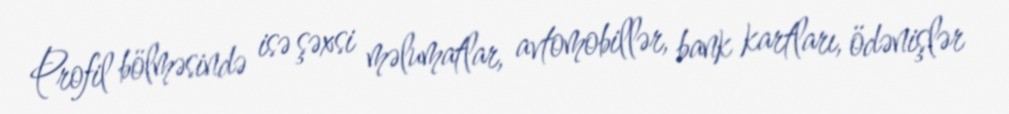
Profil bölməsində isə şəxsi məlumatlar, avtomobillər, bank kartları, ödənişlər